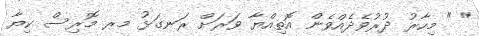
" " މިހާރު ދުރުވެދެއްވެން އޮތިއްޔާ ވަރަށް ރަނގަޅު މރ މޮރިސް ކިޔާ